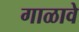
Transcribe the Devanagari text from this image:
गाळावे